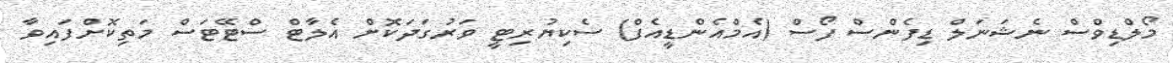
މޯލްޑިވްސް ނެޝަނަލް ޑިފެންސް ފޯސް (އެމްއެންޑީއެފް) ސެކިޔުރިޓީ ވަރުގަދަކޮށް އެލާޓް ސްޓޭޓަސް މަތިކޮށްފައިވާ